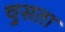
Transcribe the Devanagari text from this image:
चुसता